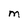
Character: m